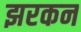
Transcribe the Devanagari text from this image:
झरकन